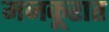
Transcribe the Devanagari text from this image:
मजकूरात